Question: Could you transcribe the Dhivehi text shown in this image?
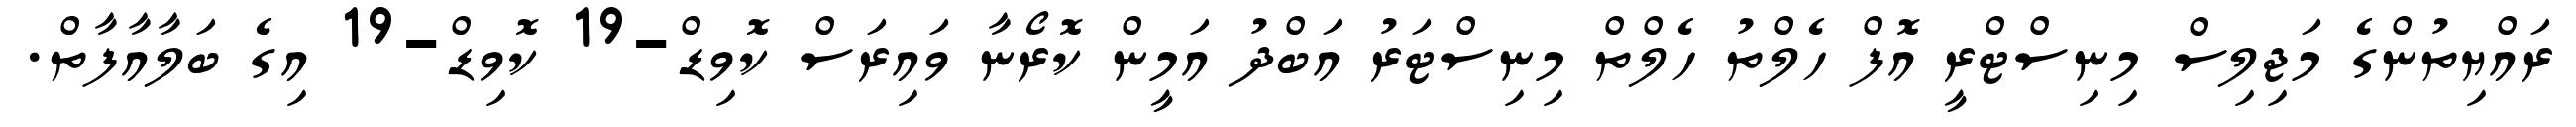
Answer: ރައްޔިތުންގެ މަޖިލިސް މިނިސްޓްރީ އޮފް ހެލްތު ހެލްތް މިނިސްޓަރު އަބްދު އަމީން ކޮރޯނާ ވައިރަސް ކޮވިޑް-19 ކޮވިޑް-19 އިގެ ބަލާއާފާތް.